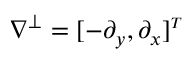
\boldsymbol { \nabla } ^ { \perp } = [ - \partial _ { y } , \partial _ { x } ] ^ { \scriptscriptstyle T }